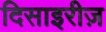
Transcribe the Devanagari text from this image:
दिसाइरीज़